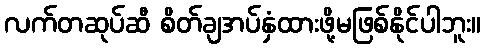
လက်တဆုပ်ဆီ စိတ်ချအပ်နှံထားဖို့မဖြစ်နိုင်ပါဘူး။